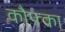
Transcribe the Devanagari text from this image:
कौफ्का